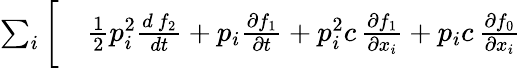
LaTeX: \begin{array}{rl}{\sum_{i}\bigg[}&{{}\frac{1}{2}p_{i}^{2}\frac{d\mathrm{~}f_{2}}{dt}+p_{i}\frac{\partial f_{1}}{\partial t}+p_{i}^{2}c\, \frac{\partial f_{1}}{\partial x_{i}}+p_{i}c\, \frac{\partial f_{0}}{\partial x_{i}}}\end{array}